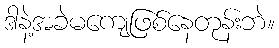
ဒါနဲ့အခဲမကျေဖြစ်နေတုန်းဘဲ။